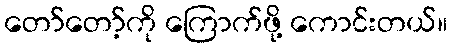
တော်တော့်ကို ကြောက်ဖို့ ကောင်းတယ်။